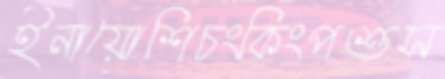
ইনায়োশিচংকিংপশুস